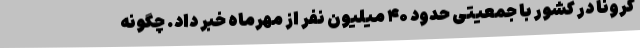
کرونا در کشور با جمعیتی حدود ۴۰ میلیون نفر از مهرماه خبر داد. چگونه